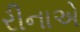
રીનાએ